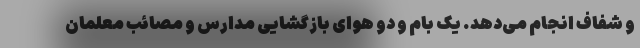
و شفاف انجام می‌دهد. یک بام و دو هوای بازگشایی مدارس و مصائب معلمان